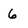
Character: 6